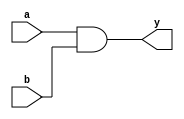
/* verilator lint_off UNOPTFLAT */
module ttl_7408(
    input [3:0] a,
    input [3:0] b,
    output [3:0] y
);
    assign y = a & b;
endmodule